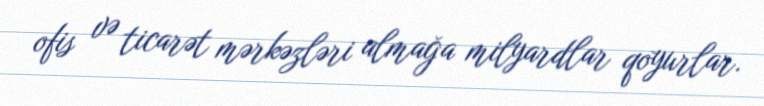
ofis və ticarət mərkəzləri almağa milyardlar qoyurlar.